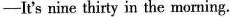
—It's nine thirty in the morning.